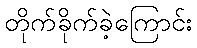
တိုက်ခိုက်ခဲ့ကြောင်း